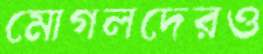
মোগলদেরও